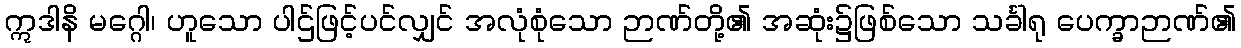
ဣဒါနိ မဂ္ဂေါ၊ ဟူသော ပါဌ်ဖြင့်ပင်လျှင် အလုံစုံသော ဉာဏ်တို့၏ အဆုံး၌ဖြစ်သော သင်္ခါရု ပေက္ခာဉာဏ်၏